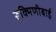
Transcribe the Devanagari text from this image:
रूक्मिणीबाई